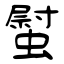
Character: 螱